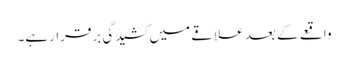
واقعے کے بعد علاقے میں کشیدگی برقرارہے۔